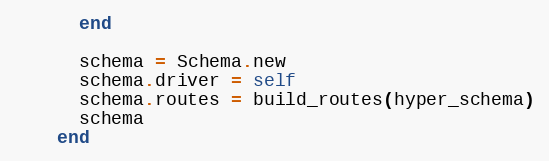
Language: Ruby
      end

      schema = Schema.new
      schema.driver = self
      schema.routes = build_routes(hyper_schema)
      schema
    end